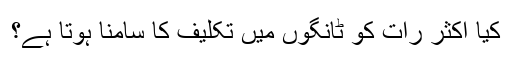
کیا اکثر رات کو ٹانگوں میں تکلیف کا سامنا ہوتا ہے؟